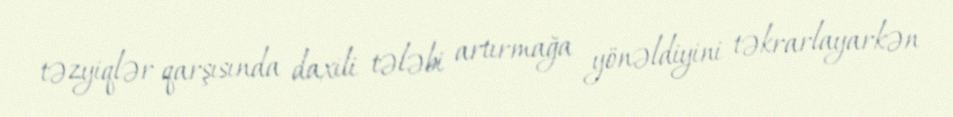
təzyiqlər qarşısında daxili tələbi artırmağa yönəldiyini təkrarlayarkən